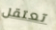
تعتقل